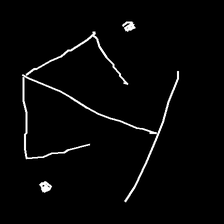
Glyph: earth